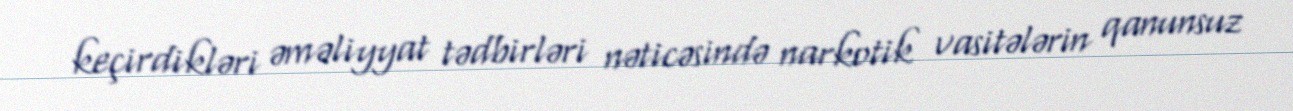
keçirdikləri əməliyyat tədbirləri nəticəsində narkotik vasitələrin qanunsuz